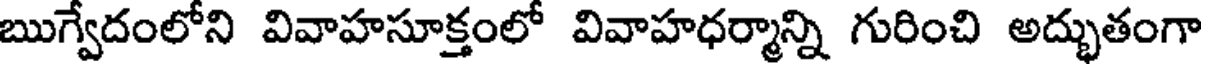
ఋగ్వేదంలోని వివాహసూక్తంలో వివాహధర్మాన్ని గురించి అద్భుతంగా